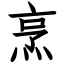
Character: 烹